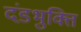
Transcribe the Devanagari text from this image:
दंडभुक्ति